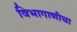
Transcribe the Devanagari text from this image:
विभागाणीचा